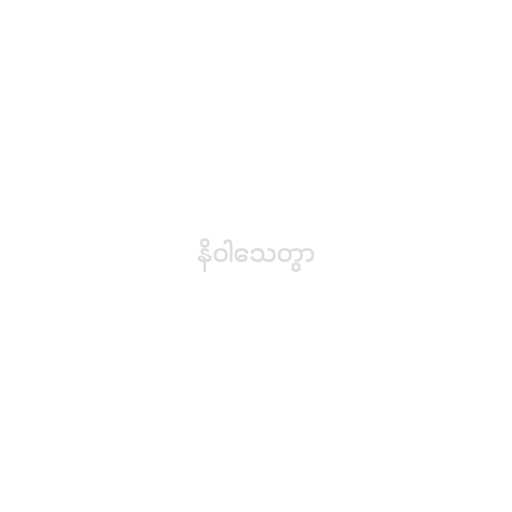
နိဝါသေတွာ